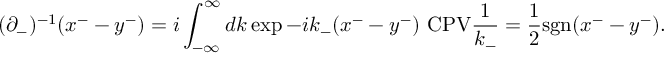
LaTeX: ( \partial _ { - } ) ^ { - 1 } ( x ^ { - } - y ^ { - } ) = i \int _ { - \infty } ^ { \infty } d k \exp { - i k _ { - } ( x ^ { - } - y ^ { - } ) } \ \mathrm { \large C P V } \frac { 1 } { k _ { - } } = \frac 1 2 \mathrm { s g n } ( x ^ { - } - y ^ { - } ) .